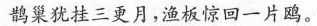
鹊巢犹挂三更月，渔板惊回一片鸥。